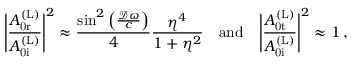
\Bigg | \frac { A _ { \mathrm { 0 r } } ^ { \mathrm { ( L ) } } } { A _ { \mathrm { 0 i } } ^ { \mathrm { ( L ) } } } \Bigg | ^ { 2 } \approx \frac { \sin ^ { 2 } \left( \frac { \mathcal { D } \omega } { c } \right) } { 4 } \frac { \eta ^ { 4 } } { 1 + \eta ^ { 2 } } \quad \mathrm { a n d } \quad \Bigg | \frac { A _ { \mathrm { 0 t } } ^ { \mathrm { ( L ) } } } { A _ { \mathrm { 0 i } } ^ { \mathrm { ( L ) } } } \Bigg | ^ { 2 } \approx 1 \, ,